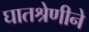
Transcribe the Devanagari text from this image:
घातश्रेणीने